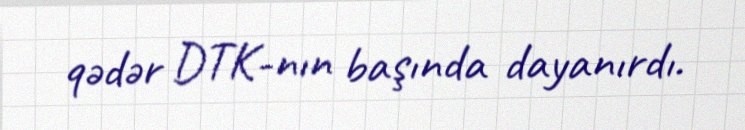
qədər DTK-nın başında dayanırdı.